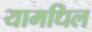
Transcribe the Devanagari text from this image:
यामधिल